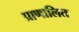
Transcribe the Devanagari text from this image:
प्राणालित